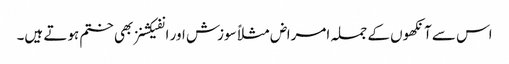
اس سے آنکھوں کے جملہ امراض مثلاً سوزش اور انفیکشنز بھی ختم ہوتے ہیں۔